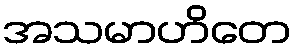
အသမာဟိတေ